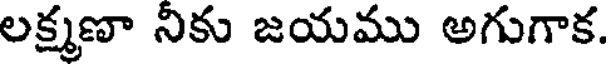
లక్ష్మణా నికు జయము అగుగాక.